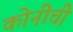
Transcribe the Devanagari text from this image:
कोनीची